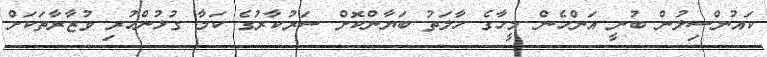
ކައުންސިލުން ބުނީ އަންހެން މީހާގެ ހާލަތު ބަޔާންކޮށް ސަރުކާރުގެ ކަމާ ގުޅުންހުރި ވުޒާރާތަކަށް